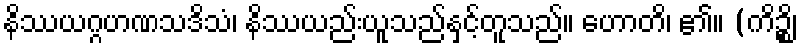
နိဿယဂ္ဂဟဏသဒိသံ၊ နိဿယည်းယူသည်နှင့်တူသည်။ ဟောတိ၊ ၏။ (ကိဉ္စိ၊